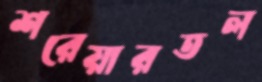
শরেয়ারতল